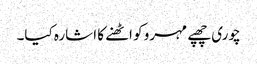
چوری چھپے مہرو کو اٹھنے کا اشارہ کیا۔